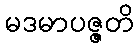
မဒမာပဇ္ဇတိ